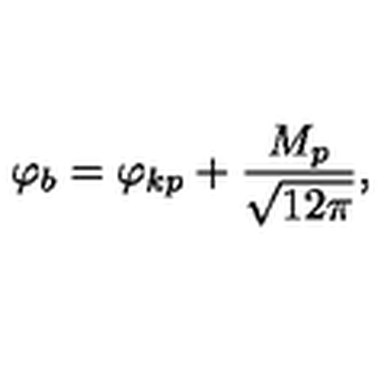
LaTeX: \varphi _ { b } = \varphi _ { k p } + \frac { M _ { p } } { \sqrt { 1 2 \pi } } ,